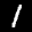
Label: 1